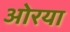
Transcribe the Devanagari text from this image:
ओरया